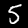
Label: 5